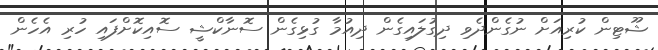
ޝޫޓިން ކުރިއަށް ނުގެންދެވި ދިގުލައިގެން ދިއުމާ ގުޅިގެން ސޮނާކްޝީ ސޮއިކޮށްފައި ހުރި އެހެން